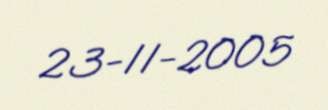
23-11-2005